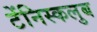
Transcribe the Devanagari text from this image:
टेंनिस्कलुब